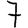
Digit: 7